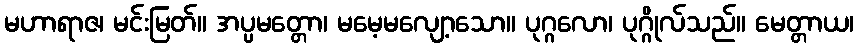
မဟာရာဇ၊ မင်းမြတ်။ အပ္ပမတ္တော၊ မမေ့မလျော့သော။ ပုဂ္ဂလော၊ ပုဂ္ဂိုလ်သည်။ မေတ္တာယ၊